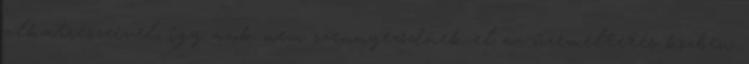
alkatrészeivel, így azok nem szennyeződnek el az üzemeltetés közben.